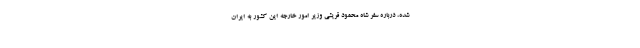
شده، درباره سفر شاه محمود قریشی وزیر امور خارجه این کشور به ایران